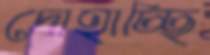
দোহাচ্ছি